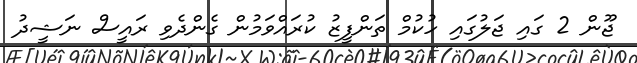
ޖޫން 2 ގައި ޖަލުގައި ހުކުމް ތަންފީޒު ކުރައްވަމުން ގެންދެވި ރައީސް ނަޝީދު